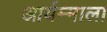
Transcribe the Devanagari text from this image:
आर्यम्माला